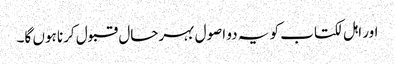
اور اہل لکتاب کو یہ دو اصول بہرحال قبول کرنا ہوں گا۔